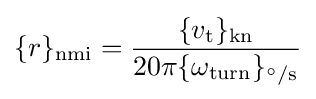
\{r\}_{\mathrm {nmi} }={\frac {\{v_{\mathrm {t} }\}_{\mathrm {kn} }}{20\pi \{\omega _{\mathrm {turn} }\}_{^{\circ }/\mathrm {s} }}}